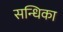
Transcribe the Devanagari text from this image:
सन्धिका